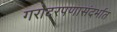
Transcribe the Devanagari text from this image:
गरोदरपणासंदर्भात